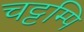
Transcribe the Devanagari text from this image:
चट्टम्पि